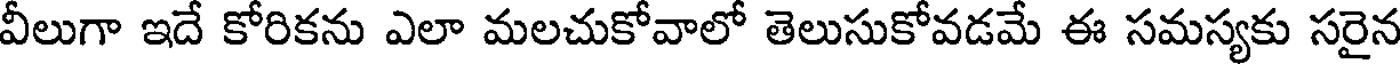
వీలుగా ఇదే కోరికను ఎలా మలచుకోవాలో తెలుసుకోవడమే ఈ సమస్యకు సరైన